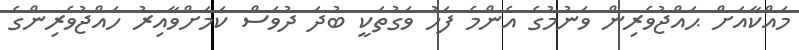
މައްކާއަށް ޙައްޖުވެރިން ވަނުމުގެ އެންމެ ފަހު ވަގުތަކީ ބުދަ ދުވަސް ކަމަށްވާއިރު ހައްޖުވެރިންގެ